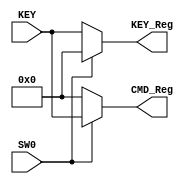
/*
 *		Module		:	Button Managment Block
 * 	Description	: 	It manages the roles of limited number of buttons
 *							to handle both informative and command inputs
 *		Inputs		: 	SW		=> SW[0] from the debouncer
 *						:	KEY 	=> KEY# from the debouncer
 *
 *		Outputs		: 	CMD_Reg	=> Provides Current States of CMD Keys
 *											for other blocks
 * 					:	KEY_Reg 	=> Provides Current States of KEY values
 *											for other blocks
 *		Owner			: 	Ataberk KL
 */

module ButtonManager(
	input wire  	  SW0,		// SW0
	input wire [3:0] KEY,
	output reg [3:0] CMD_Reg,
	output reg [3:0] KEY_Reg
);


initial
begin
	CMD_Reg <= 4'b0;
	KEY_Reg <= 4'b0;
end

always @ (SW0, KEY)
	begin
		if(SW0)
			begin		
				KEY_Reg = 4'b0;
				CMD_Reg = KEY;
			end
		else
			begin
				KEY_Reg = KEY;
				CMD_Reg = 4'b0;
			end
	end
endmodule